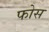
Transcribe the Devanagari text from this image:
फोस